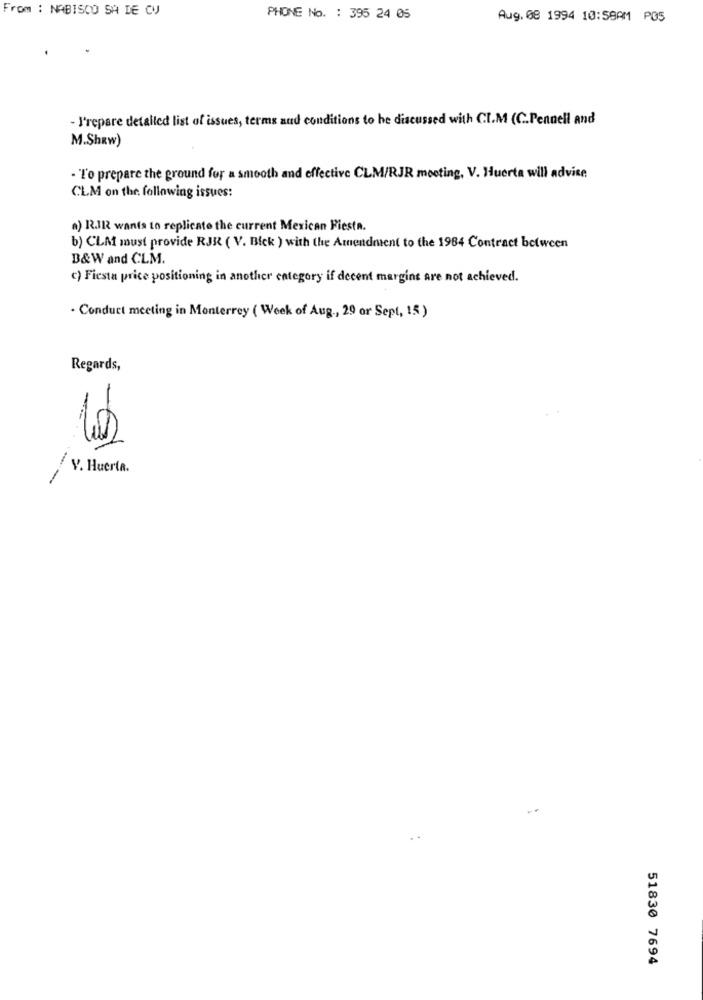
From : NABISCO SA DE CV
PHONE No. : 395 24 05
Aug. 08 1994 10:59AM PO5
-I'repare detalled list of issues, terms and conditions to be discussed with CI.M (C.Pennell and
M.Shew)
- To prepare the ground for a smooth and effective CLM/RJR moeting, V. Huerta will advise
CLM on the following issues:
a) R.JR wants to replicate the current Mexican Fiesta.
b) CLM must provide RJR ( V. Bick ) with the Amendment to the 1984 Contract between
B&W and CLM.
c) Fiesta price positioning in another category if decent margins are not achieved.
. Conduct meeting in Monterrey ( Week of Aug ., 29 or Sept, 15 )
Regards,
/ V. Huerta.
51830 7694